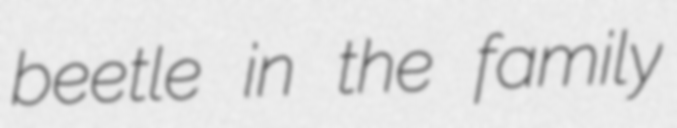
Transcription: beetle in the family